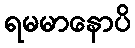
ရမမာနောပိ